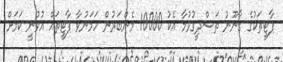
ޕާޓީތަކުގެ ގާނޫނު ތަސްދީގުވުމާ އެކު 10000 މެންބަރުން ހަމަނުވާ ޕާޓީތައް އުވުނީ ކަމަށް